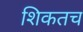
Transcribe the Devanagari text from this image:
शिकतच